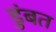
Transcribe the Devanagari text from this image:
डुंबत